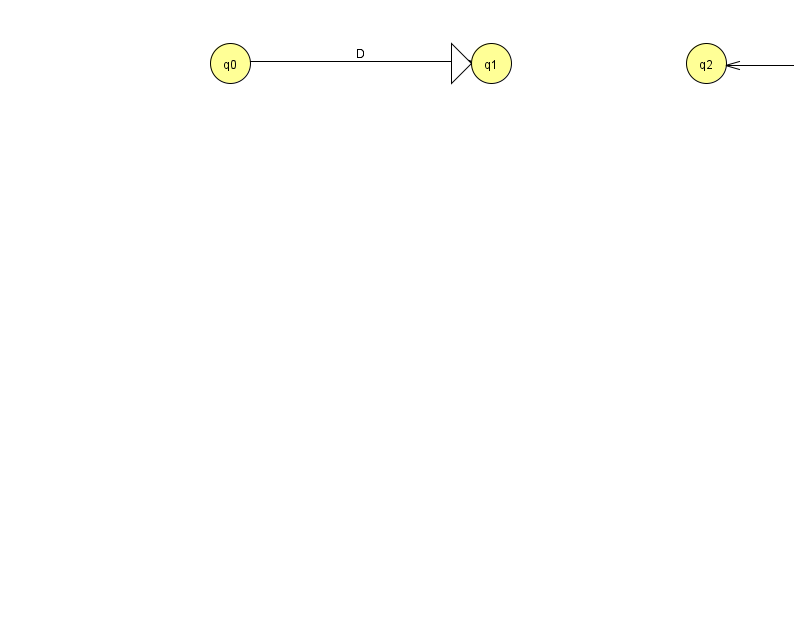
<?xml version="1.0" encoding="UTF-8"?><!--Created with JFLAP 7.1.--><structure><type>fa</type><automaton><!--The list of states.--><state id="0" name="q0"><x>230.0</x><y>50.0</y></state><state id="1" name="q1"><x>491.0</x><y>50.0</y><initial/></state><state id="2" name="q2"><x>706.0</x><y>50.0</y></state><state id="3" name="q3"><x>966.0</x><y>50.0</y><final/></state><!--The list of transitions.--><transition><from>3</from><to>2</to><read>L</read></transition><transition><from>0</from><to>1</to><read>D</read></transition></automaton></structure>